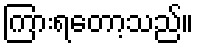
ကြားရတော့သည်။